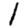
Digit: 1